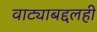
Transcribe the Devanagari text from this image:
वाट्याबद्दलही